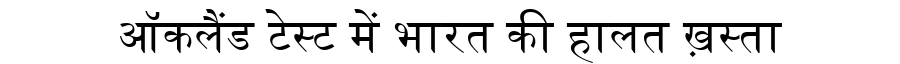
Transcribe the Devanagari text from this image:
ऑकलैंड टेस्ट में भारत की हालत ख़स्ता